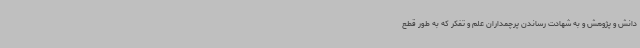
دانش و پژوهش و به شهادت رساندن پرچمداران علم و تفکر که به طور قطع